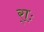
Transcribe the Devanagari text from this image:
र्‍ाः